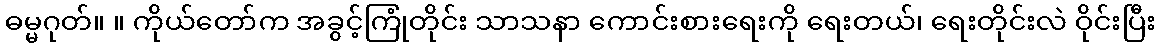
ဓမ္မဂုတ်။ ။ ကိုယ်တော်က အခွင့်ကြုံတိုင်း သာသနာ ကောင်းစားရေးကို ရေးတယ်၊ ရေးတိုင်းလဲ ဝိုင်းပြီး